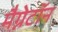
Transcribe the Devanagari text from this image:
मैग्नेटॉन